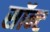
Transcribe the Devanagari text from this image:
सॉन्ट